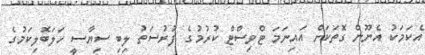
އެކަމަކު އެނޫން ގޮތަކަށް އައިނަމަ ޓްވިސްޓް ކުރުމުގެ ފުރުސަތު ލިބި ސިޔާސީ ހަލަބޮލިކަމުގެ